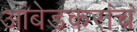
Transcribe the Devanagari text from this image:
आंबेडकरांचं